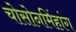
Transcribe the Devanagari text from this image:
चोसोनमिंहांग